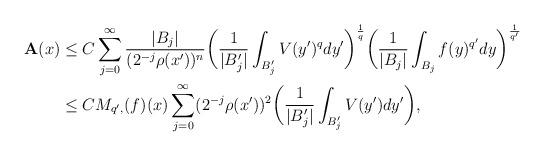
LaTeX: \begin{align*}\mathbf{A}(x)& \leq C \sum _{j=0}^{\infty} {{|B_{j}|}\over{(2^{-j}\rho(x'))^{n}}} \bigg( {1\over{|B'_{j}|}} \int _{B'_{j}} V(y')^{q}dy' \bigg)^{1\over q} \bigg( {1\over{|B_{j}|}} \int _{B_{j}} f(y)^{q'}dy \bigg)^{1\over{{q'}}} \\&\leq C M_{q',}(f)(x) \sum _{j=0}^{\infty} (2^{-j}\rho(x'))^{2} \bigg({1\over{|B'_{j}|}}\int _{B'_{j}} V(y')dy'\bigg),\end{align*}